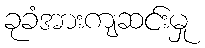
ခုခံအားကျဆင်းမှု